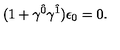
( 1 + \gamma ^ { \hat { 0 } } \gamma ^ { \hat { 1 } } ) \epsilon _ { 0 } = 0 .